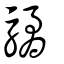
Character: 驈